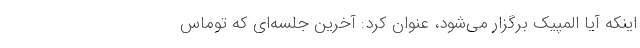
اینکه آیا المپیک برگزار می‌شود، عنوان کرد: آخرین جلسه‌ای که توماس